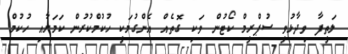
ލަތީފާ ވިދާޅުވީ ސުޕްރީމް ކޯޓުން ވަކި ގޮތެއް އެންގުމަކީ ހުކުމްކުރުން ކަމަށާއި ހުކުމް